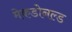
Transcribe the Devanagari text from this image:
मेकडोनल्ड